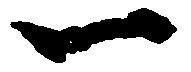
一